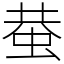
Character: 蛬